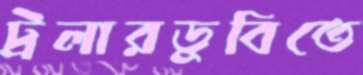
ট্রলারডুবিতে